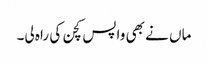
ماں نے بھی واپس کچن کی راہ لی۔